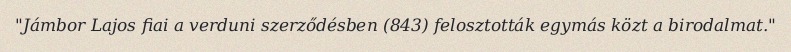
"Jámbor Lajos fiai a verduni szerződésben (843) felosztották egymás közt a birodalmat."